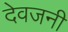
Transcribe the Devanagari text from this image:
देवजनी